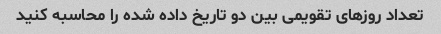
تعداد روزهای تقویمی بین دو تاریخ داده شده را محاسبه کنید